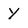
Character: Y